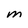
Character: M